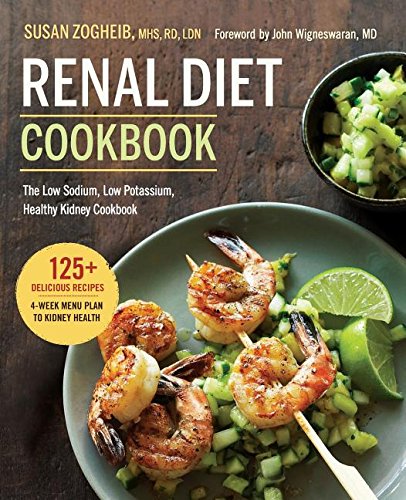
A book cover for Renal Diet Cookbook:: The Low Sodium, Low Potassium, Healthy Kidney Cookbook; Susan Zogheib; Cookbooks, Food & Wine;